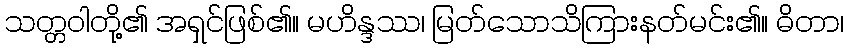
သတ္တဝါတို့၏ အရှင်ဖြစ်၏။ မဟိန္ဒဿ၊ မြတ်သောသိကြားနတ်မင်း၏။ ဓိတာ၊